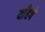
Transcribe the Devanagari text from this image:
याँहपे